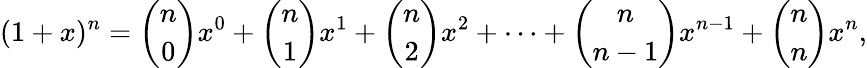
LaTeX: (1+x)^{n}={\binom{n}{0}}x^{0}+{\binom{n}{1}}x^{1}+{\binom{n}{2}}x^{2}+\cdots+{\binom{n}{n-1}}x^{n-1}+{\binom{n}{n}}x^{n},